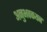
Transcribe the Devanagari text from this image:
अनुभवकथन